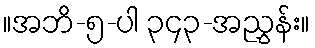
။အဘိ-၅-ပါ ၃၄၃-အညွှန်း။